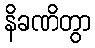
နိခဏိတွာ